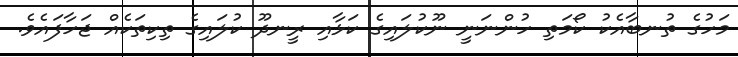
މަހުގެ ތުނބާއެކު ކޯމަތި ހުންނަނީ ނޫކުލައިގެ ކަޅާއި ރީނދޫ ކުލައިގެ ތިކިތަކެއް ޖަހާފައެވެ.